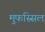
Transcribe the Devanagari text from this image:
मुफस्सिल